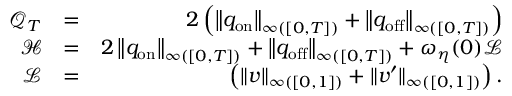
\begin{array} { r l r } { \mathcal { Q } _ { T } } & { = } & { { 2 } \left( \left\| q _ { \mathrm { o n } } \right\| _ { \L { \infty } ( [ 0 , T ] ) } + \left\| q _ { \mathrm { o f f } } \right\| _ { \L { \infty } ( [ 0 , T ] ) } \right) } \\ { \mathcal { H } } & { = } & { 2 \left\| q _ { \mathrm { o n } } \right\| _ { \L { \infty } ( [ 0 , T ] ) } + \left\| q _ { \mathrm { o f f } } \right\| _ { \L { \infty } ( [ 0 , T ] ) } + \omega _ { \eta } ( 0 ) \mathcal { L } } \\ { \mathcal { L } } & { = } & { \left( \| v \| _ { \L { \infty } ( [ 0 , 1 ] ) } + \| v ^ { \prime } \| _ { \L { \infty } ( [ 0 , 1 ] ) } \right) . } \end{array}